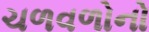
ચળવળોનો